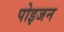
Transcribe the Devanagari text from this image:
पोइजन